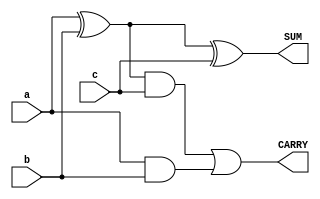
`timescale 1ns / 1ps
//////////////////////////////////////////////////////////////////////////////////
// Company: 
// Engineer: 
// 
// Design Name: 
// Module Name: FA_gatelevel
// Project Name: 
// Target Devices: 
// Tool Versions: 
// Description: 
// 
// Dependencies: 
// 
// Revision:
// Revision 0.01 - File Created
// Additional Comments:
// 
//////////////////////////////////////////////////////////////////////////////////


module FA_gatelevel(
    input a,
    input b,
    input c,
    output SUM,
    output CARRY
    );
    wire w1,w2,w3;
    xor temp(w1,a,b); 
    xor s(SUM,w1,c); 
    and t(w2,w1,c); 
    and t2(w3,a,b); 
    or ca(CARRY,w2,w3);
endmodule